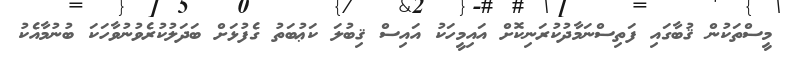
މީސްތަކުން ޤުބާގައި ފަތިސްނަމާދުކުރަނިކޮށް އައިމީހަކު އައިސް ޤިބުލަ ކަޢުބަތު ގެފުޅަށް ބަދަލުކުރެވުނުވާހަކަ ބުނުމާއެކު